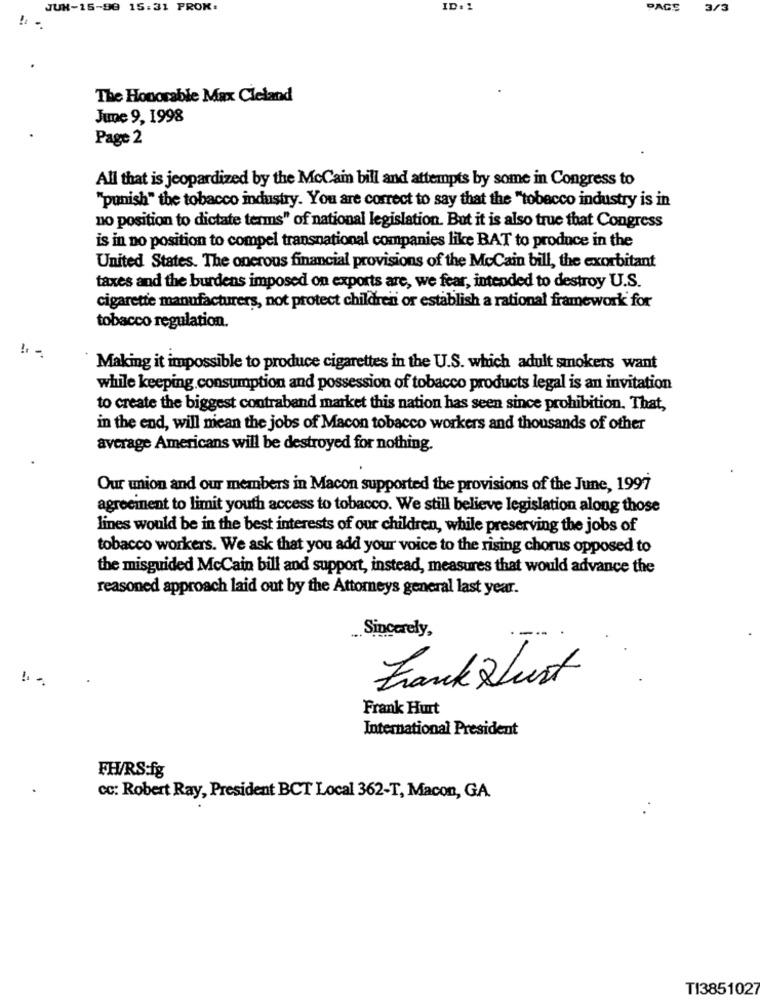
JUK-15-90 15:31 PROK.
ID: 1
PAGE
3/3
The Honorable Max Cleland
June 9, 1998
Page 2
All that is jeopardized by the McCain bill and attempts by some in Congress to
"punish" the tobacco industry. You are correct to say that the "tobacco industry is in
no position to dictate terms" of national legislation. But it is also true that Congress
is in no position to compel transnational companies like BAT to produce in the
United States. The onerous financial provisions of the McCain bill, the exorbitant
taxes and the burdens imposed on exports are, we fear, intended to destroy U.S.
cigarette manufacturers, not protect children or establish a rational framework for
tobacco regulation.
! -
Making it impossible to produce cigarettes in the U.S. which adult smokers want
while keeping consumption and possession of tobacco products legal is an invitation
to create the biggest contraband market this nation has seen since prohibition. That,
in the end, will mean the jobs of Macon tobacco workers and thousands of other
average Americans will be destroyed for nothing.
Our union and our members in Macon supported the provisions of the June, 1997
agreement to limit youth access to tobacco. We still believe legislation along those
lines would be in the best interests of our children, while preserving the jobs of
tobacco workers. We ask that you add your voice to the rising chorus opposed to
the misguided McCain bill and support, instead, measures that would advance the
reasoned approach laid out by the Attorneys general last year.
Sincerely,
---
Frankfurt
Frank Hurt
International President
FH/RS:fg
cc: Robert Ray, President BCT Local 362-T, Macon, GA.
TI3851027